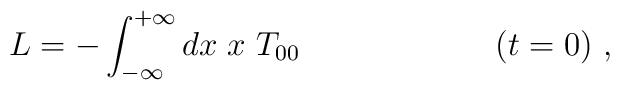
L=-\int_{-\infty }^{+\infty }dx\; x~T_{00} \qquad \qquad \qquad (t=0)~,